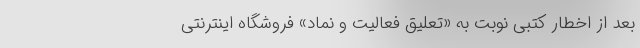
بعد از اخطار کتبی نوبت به «تعلیق فعالیت و نماد» فروشگاه اینترنتی